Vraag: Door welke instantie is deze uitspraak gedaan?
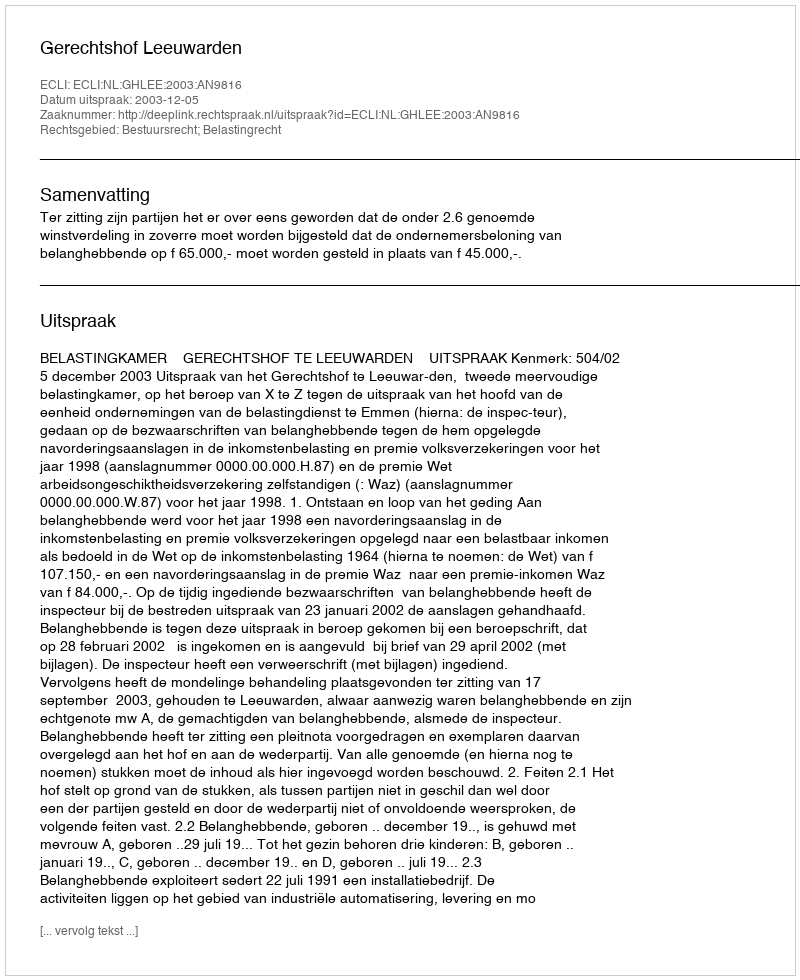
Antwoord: Gerechtshof Leeuwarden